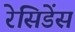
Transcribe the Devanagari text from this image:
रेसिडेंस